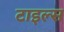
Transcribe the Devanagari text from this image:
टाइल्‍स